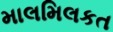
માલમિલકત